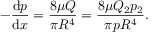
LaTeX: - { \frac { \mathrm { d } p } { \mathrm { d } x } } = { \frac { 8 \mu Q } { \pi R ^ { 4 } } } = { \frac { 8 \mu Q _ { 2 } p _ { 2 } } { \pi p R ^ { 4 } } } .